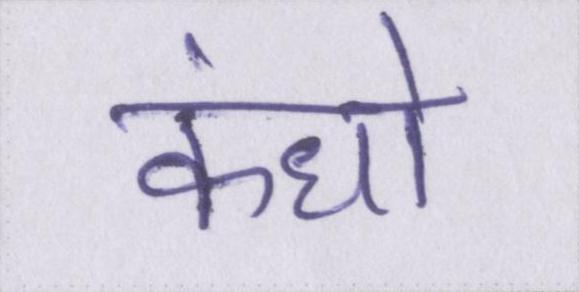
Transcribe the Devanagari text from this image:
कंधो